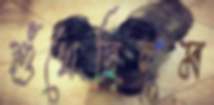
শুঁখেছিলুম